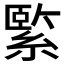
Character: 𦃂